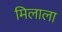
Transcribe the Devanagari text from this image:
मिलाला